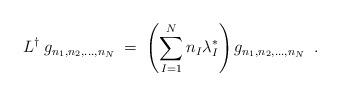
LaTeX: \begin{align*}L^\dagger \; g_{n_1,n_2,\ldots,n_N} \;=\; \left(\sum_{I=1}^N n_I \lambda_I^* \right) g_{n_1,n_2,\ldots,n_N} \;\;.\end{align*}